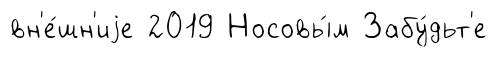
вн'е́шн'иjе 2019 Носовы́м Забу́дьт'е